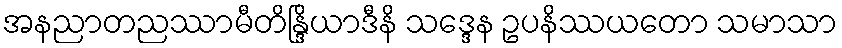
အနညာတညဿာမီတိန္ဒြိယာဒီနိ သဒ္ဒေန ဥပနိဿယတော သမာသာ